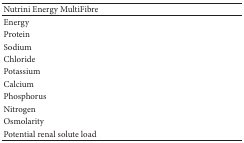
<table><thead><tr><td colspan="2"><b>Nutrini Energy MultiFibre</b></td></tr></thead><tbody><tr><td>Energy</td><td>[EMPTY_CELL]</td></tr><tr><td>Protein</td><td>[EMPTY_CELL]</td></tr><tr><td>Sodium</td><td>[EMPTY_CELL]</td></tr><tr><td>Chloride</td><td>[EMPTY_CELL]</td></tr><tr><td>Potassium</td><td>[EMPTY_CELL]</td></tr><tr><td>Calcium</td><td>[EMPTY_CELL]</td></tr><tr><td>Phosphorus</td><td>[EMPTY_CELL]</td></tr><tr><td>Nitrogen</td><td>[EMPTY_CELL]</td></tr><tr><td>Osmolarity</td><td>[EMPTY_CELL]</td></tr><tr><td>Potential renal solute load</td><td>[EMPTY_CELL]</td></tr></tbody></table>